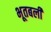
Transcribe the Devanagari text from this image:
भूतबली